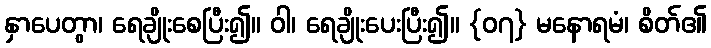
နှာပေတွာ၊ ရေချိုးစေပြီး၍။ ဝါ၊ ရေချိုးပေးပြီး၍။ {၀၇} မနောရမံ၊ စိတ်၏